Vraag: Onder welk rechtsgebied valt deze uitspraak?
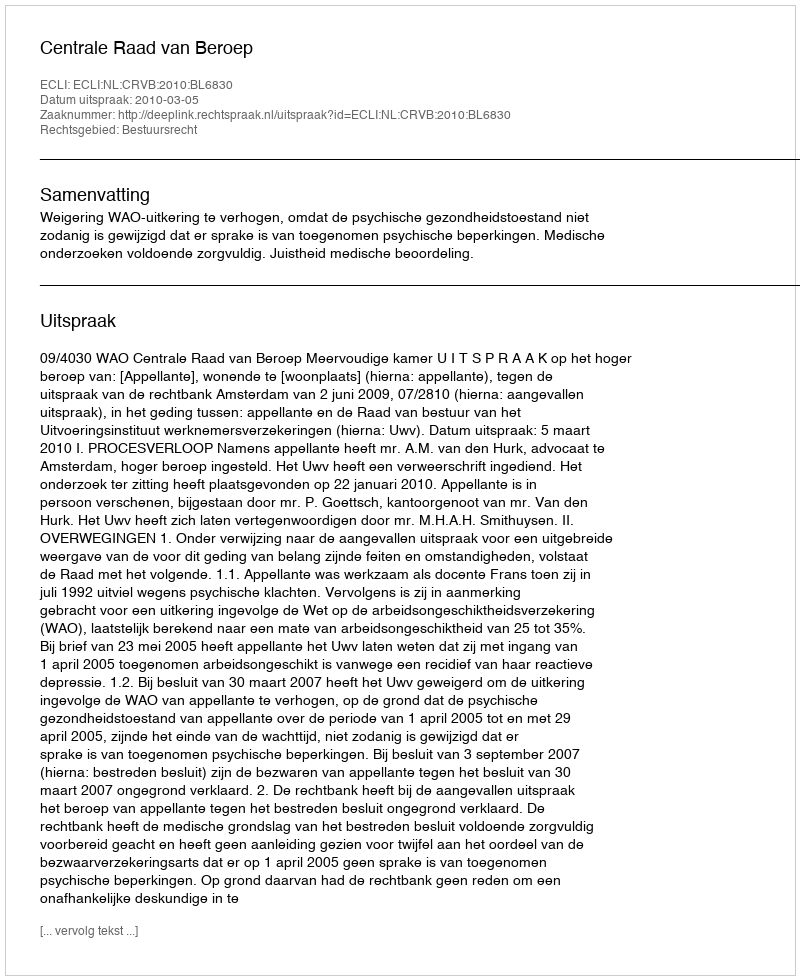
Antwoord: Bestuursrecht